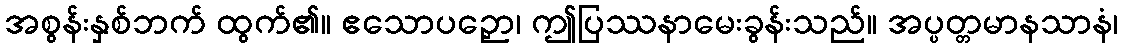
အစွန်းနှစ်ဘက် ထွက်၏။ ဧသောပဉှော၊ ဤပြဿနာမေးခွန်းသည်။ အပ္ပတ္တမာနသာနံ၊